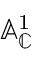
\mathbb { A } _ { \mathbb { C } } ^ { 1 }